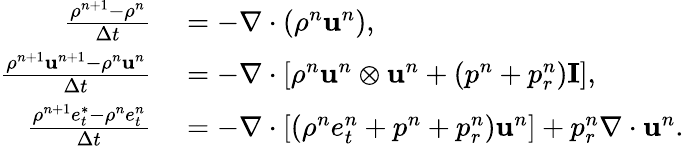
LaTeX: \begin{array}{rl}{\frac{\rho^{n+1}-\rho^{n}}{\Delta t}}&{{}=-\nabla\cdot\left(\rho^{n}\mathbf{u}^{n}\right),}\\ {\frac{\rho^{n+1}\mathbf{u}^{n+1}-\rho^{n}\mathbf{u}^{n}}{\Delta t}}&{{}=-\nabla\cdot\left[\rho^{n}\mathbf{u}^{n}\otimes\mathbf{u}^{n}+(p^{n}+p_{r}^{n})\mathbf{I}\right],}\\ {\frac{\rho^{n+1}e_{t}^{*}-\rho^{n}e_{t}^{n}}{\Delta t}}&{{}=-\nabla\cdot\left[(\rho^{n}e_{t}^{n}+p^{n}+p_{r}^{n})\mathbf{u}^{n}\right]+p_{r}^{n}\nabla\cdot\mathbf{u}^{n}.}\end{array}